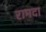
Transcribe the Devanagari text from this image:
रामदा